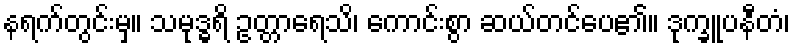
နရက်တွင်းမှ။ သမုဒ္ဓရိ ဥတ္တာရေသိ၊ ကောင်းစွာ ဆယ်တင်ပေ၏။ ဒုက္ခူပနီတံ၊